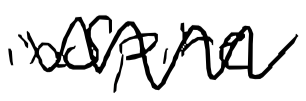
Text: inspire
Cross-out: zig-zag
Writing tool: digital_black